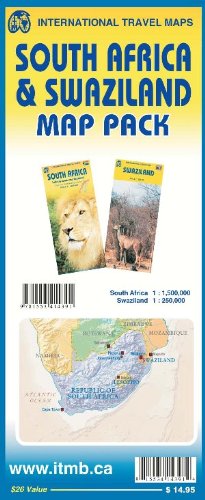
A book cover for Map Pack - South Africa & Swaziland; ITMB Publishing Ltd.; Travel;